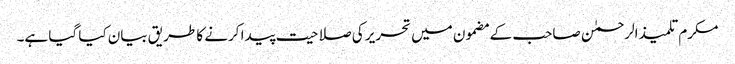
مکرم تلمیذ الرحمٰن صاحب کے مضمون میں تحریر کی صلاحیت پیدا کرنے کا طریق بیان کیا گیا ہے۔